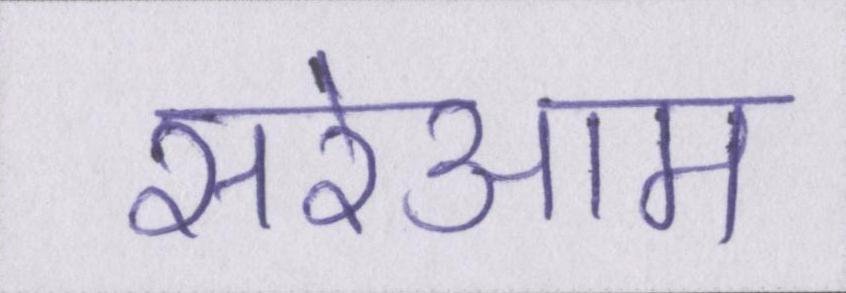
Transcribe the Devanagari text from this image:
सरेआम